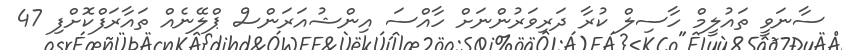
ސާނަވީ ތައުލީމް ހާސިލް ކުރާ ދަރިވަރުންނަށް ހާއްސަ އިންޝުއަރަންސް ޕްލޭނެއް ތައާރަފްކޮށްފި 47